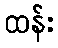
ထန်း